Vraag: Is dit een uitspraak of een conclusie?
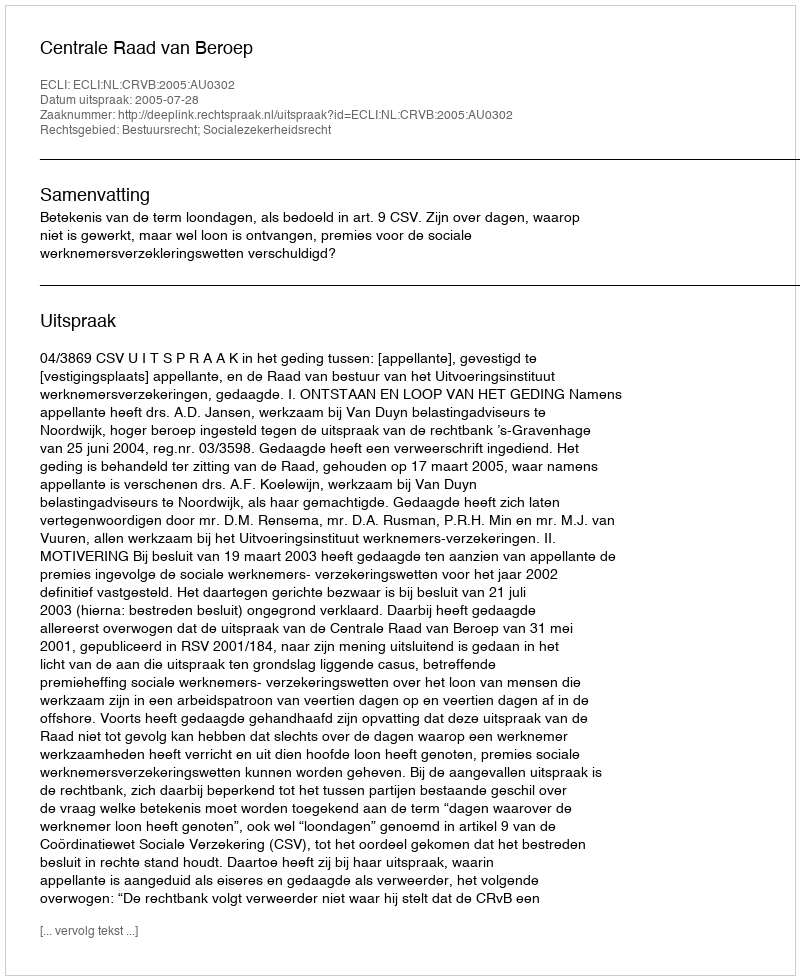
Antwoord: Uitspraak